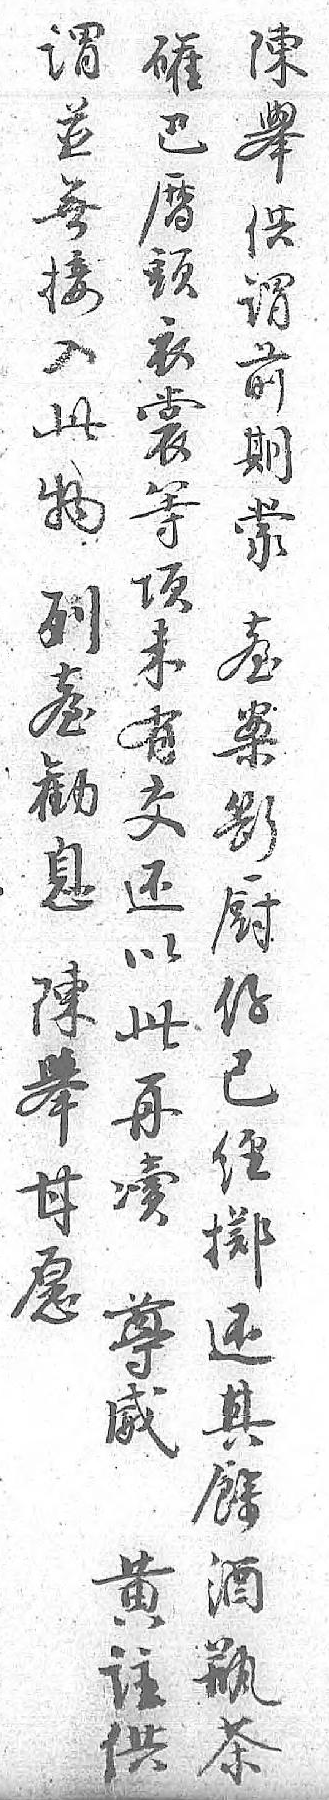
谓陳礶並舉巴無供暦接谓頭入前衣此期裳物蒙等列𦤼項𦤼案未勧斷有息厨交陳仔还舉已以甘經此愿掷再 还凟 其尊 餘威 酒黄 瓶註 茶供